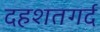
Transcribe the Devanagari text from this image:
दहशतगर्द